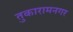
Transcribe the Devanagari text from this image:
तुकारामनगर